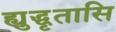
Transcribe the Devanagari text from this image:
ह्युद्धृतासि